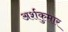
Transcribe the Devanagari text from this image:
अर्शकुमार